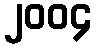
၂၀၀၄